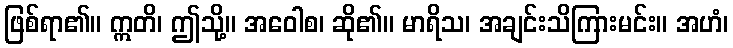
ဖြစ်ရာ၏။ ဣတိ၊ ဤသို့။ အဝေါစ၊ ဆို၏။ မာရိသ၊ အချင်းသိကြားမင်း။ အဟံ၊